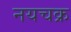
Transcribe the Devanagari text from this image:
नयचक्र